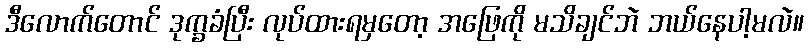
ဒီလောက်တောင် ဒုက္ခခံပြီး လုပ်ထားရမှတော့ အဖြေကို မသိချင်ဘဲ ဘယ်နေပါ့မလဲ။